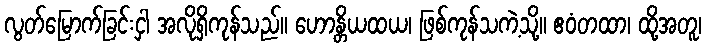
လွတ်မြောက်ခြင်းငှါ အလိုရှိကုန်သည်။ ဟောန္တိယထယ၊ ဖြစ်ကုန်သကဲ့သို့။ ဧဝံတထာ၊ ထို့အတူ၊